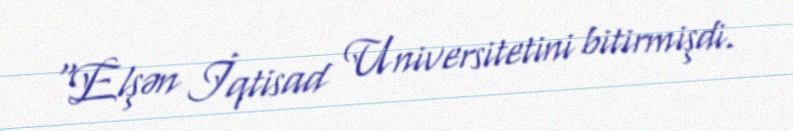
“Elşən İqtisad Universitetini bitirmişdi.